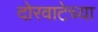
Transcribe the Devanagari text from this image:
दोरवाटेच्या